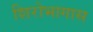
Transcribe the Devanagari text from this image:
शिरोभागास